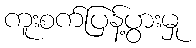
ကူးစက်ပြန့်ပွားမှု